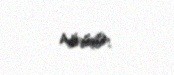
növüdür.